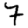
Digit: 7